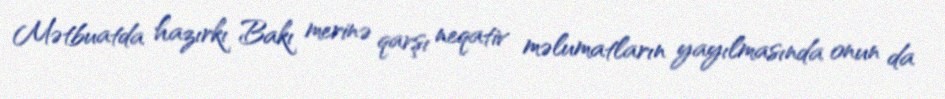
Mətbuatda hazırkı Bakı merinə qarşı neqativ məlumatların yayılmasında onun da